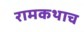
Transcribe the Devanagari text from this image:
रामकथाच